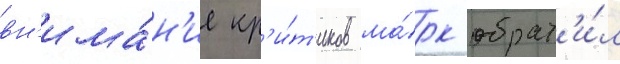
вн'има́н'ие кр'и́т'иков ма́рк обрат'и́л